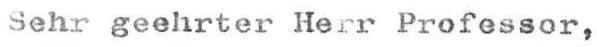
Sehr geehrter Herr Professor,